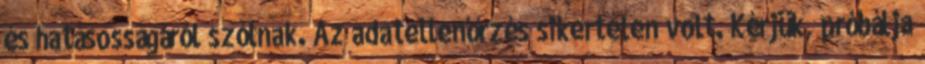
és hatásosságáról szólnak. Az adatellenőrzés sikertelen volt. Kérjük, próbálja